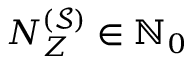
N _ { Z } ^ { ( \mathcal { S } ) } \in { \mathbb { N } } _ { 0 }